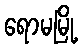
ရောမမြို့